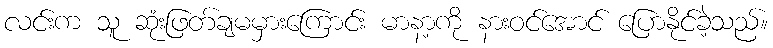
လင်းက သူ ဆုံးဖြတ်ချမမှားကြောင်း မာနာ့ကို နားဝင်အောင် ပြောနိုင်ခဲ့သည်။